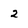
Character: 2